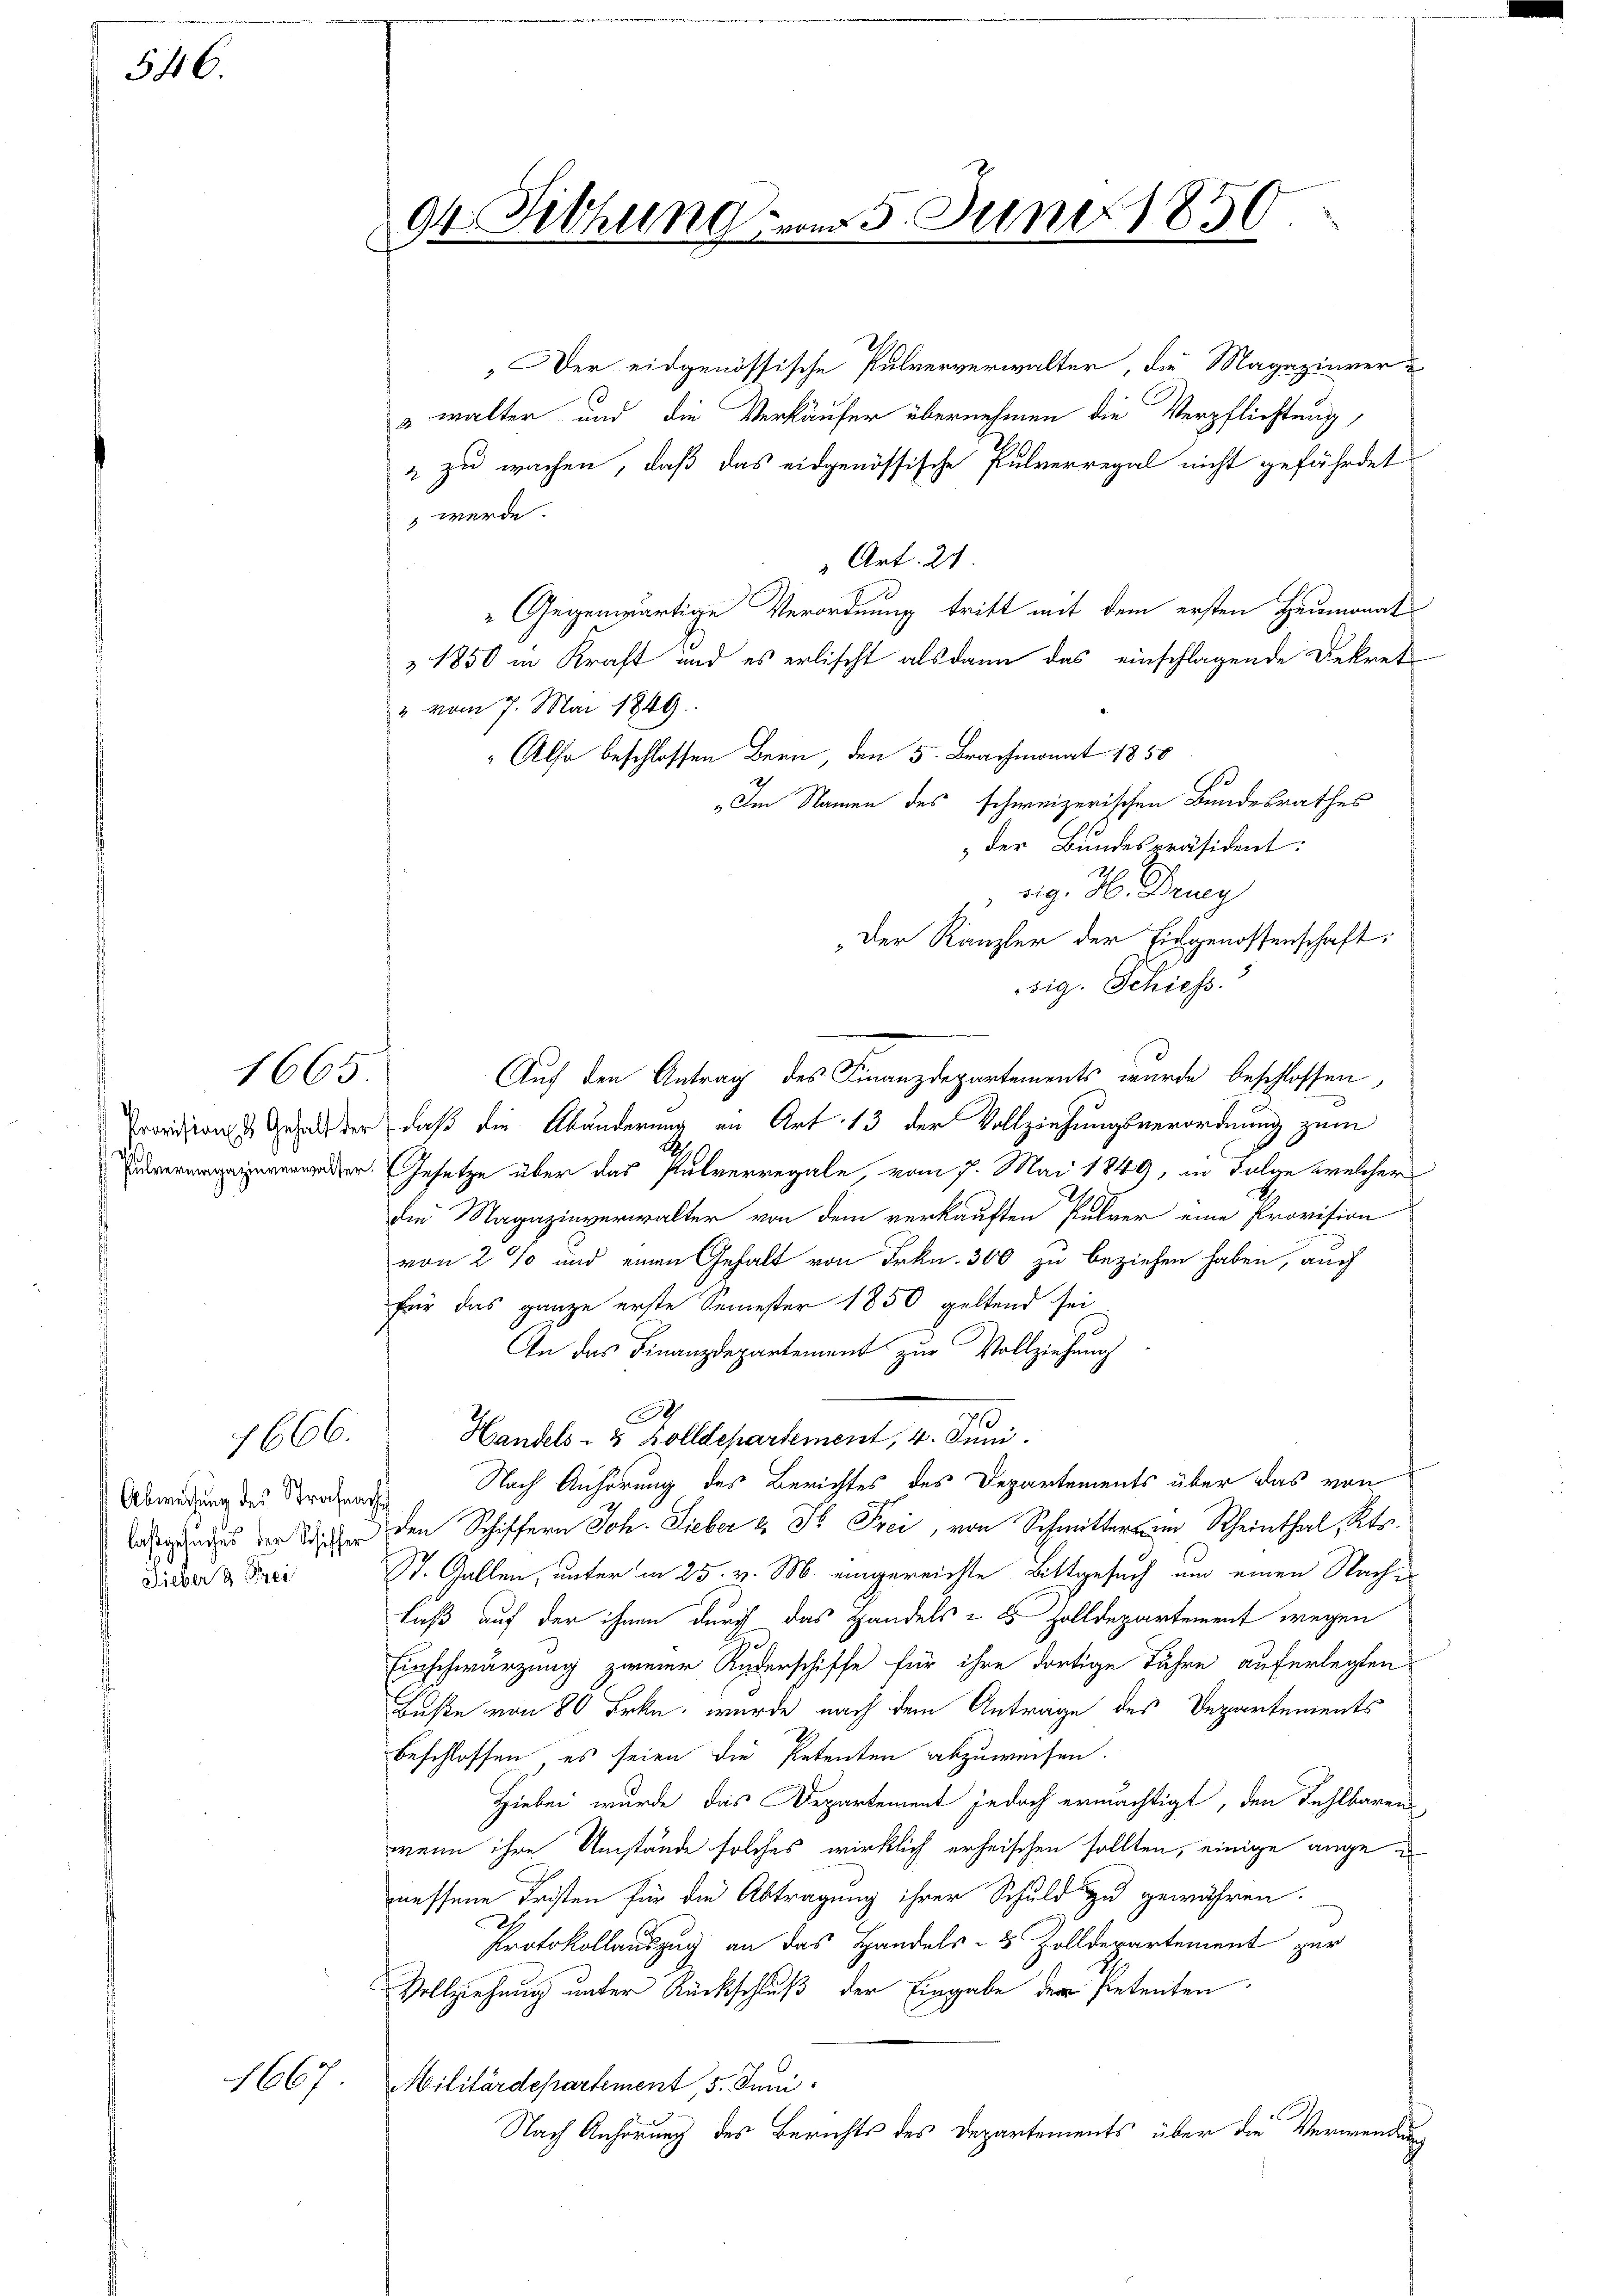
546.

1665.

1666.

Abweisung des Strafnach
lasgesuches der Schiffer
Sieber 3. Frei

1667

94 Fithung

vom 5. Juni 1850.

Der eidgenössische Pulververwalter, die Magazinver-
 walter und die Verkäufer übernehmen die Verpflichtung,
& zu wachen, daß das eidgenössische Pulverregal nicht gefährdet
 werde.
 Art. 2
Gegenwärtige Verordnung tritt mit dem ersten Heumonat
 1850 in Kraft und es erlischt alsdann das einschlagende Dekrete
" vom 7. Mai 1849.
" Also beschlossen Bern, den 5. Brachmonat 1858
e
„Im Namen des schweizerischen Bundesrathes
 der Bundespräsident:
nig. H. Druy
Der Kanzler der Eingenossenschaft:
sig. Schiess.
Auf den Antrag des Finanzdepartements wurde beschlossen,
Provisions Gehalt der, daß die Abänderung in Art. 13 der Vollziehungsverordnung zum
der. Gesetze über das Pulverregale, vom 7. Mai 1849, in Folge welcher
die Magazinverwalter von dem verkauften Pulver eine Provision
von 2 % und einen Gehalt von Frkn. 300 zu beziehen haben, auch
für das ganze erste Semester 1850 geltend sei
An das Finanzdepartement zur Vollziehung
.
Handels- & Zolldepartement, 4. Juni.
Nach Anhörung des Berichtes des Departements über das von
den Schiffern Joh. Lieber & Dr Frei, von Schmitter am Rheinthal, Kts.
St. Gallen, unter in 25. v. M. eingereichte Bittgesuch um einen Nache
laß auf der ihnen durch das Handels & 5 Zolldepartement wegen
Einschwärzung zweier Ruderschiffe für ihre dortige Jahre auferlegten
Buße von 80 Frkn. wurde nach dem Antrage des Departements
beschlossen, es seien die Petenten abzuweisen.
Hiebei wurde das Departement jedoch ermächtigt, den Fehlbaren
wenn ihre Umstände solches wirklich erheischen sollten, einige ange e
messene Fristen für die Abtragung ihrer Schuld zu gewähren.
Protokollauszug an das Handels- & Zolldepartement zur
Vollziehung unter Rückschluß der Eingabe der Pietenten
Militärdepartement, 5. Juni
Nach Anhörung des Berichts des Departements über die Verwendung